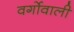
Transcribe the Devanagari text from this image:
वर्गोवाली